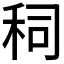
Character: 𰨤